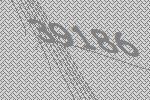
39186